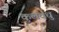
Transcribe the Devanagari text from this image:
कुलवधु